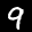
Label: 9